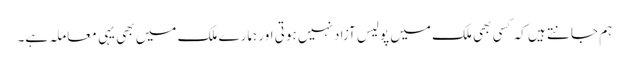
ہم جانتے ہیں کہ کسی بھی ملک میں پولیس آزاد نہیں ہوتی اور ہمارے ملک میں بھی یہی معاملہ ہے۔